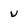
Character: U